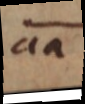
aa